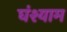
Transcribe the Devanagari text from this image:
घंश्याम